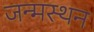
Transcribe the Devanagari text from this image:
जन्मस्थन